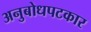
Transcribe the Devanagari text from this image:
अनुबोधपटकार